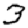
Digit: 3